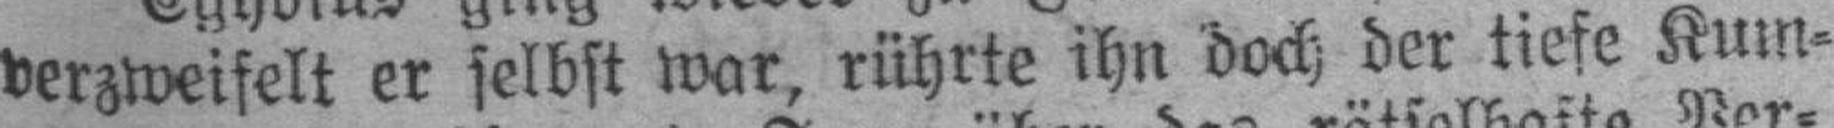
verzweifelt er selbst war, rührte ihn doch der tiefe Kum¬